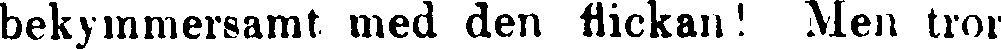
bekymmersamt med den flickan ! Men tror